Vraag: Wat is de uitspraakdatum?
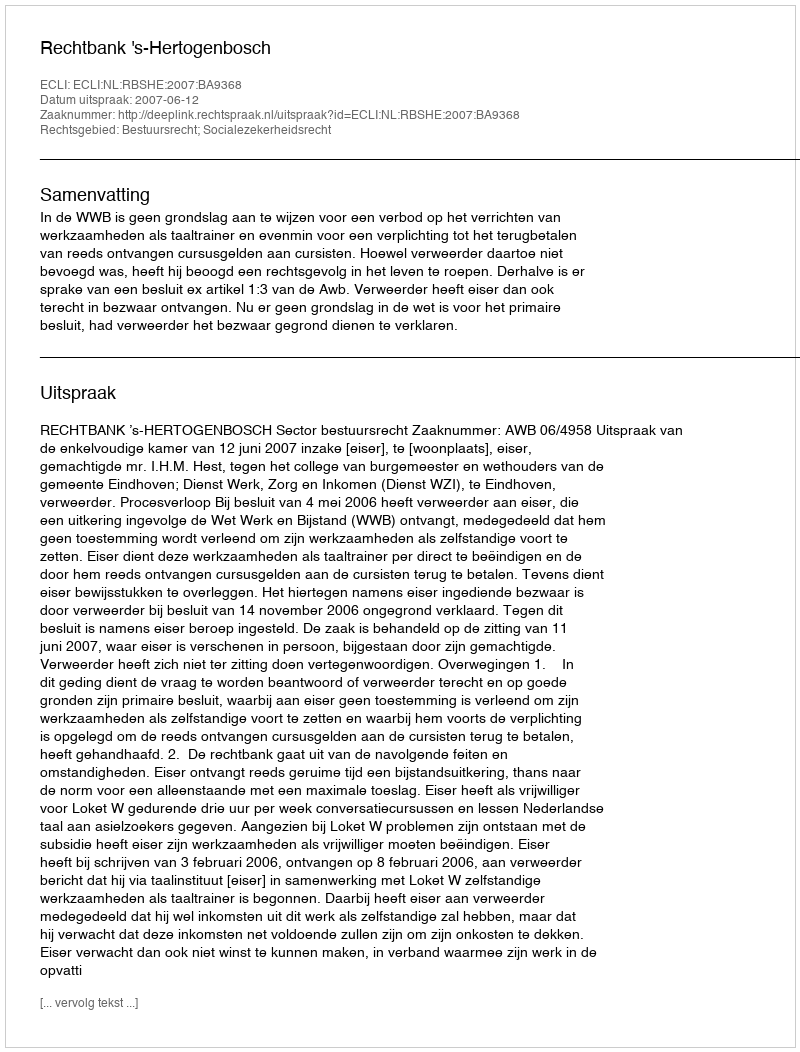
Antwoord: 2007-06-12